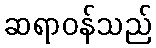
ဆရာဝန်သည်